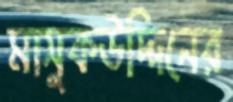
মাসুকউদ্দিনের